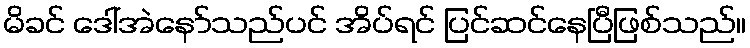
မိခင် ဒေါ်အဲနော်သည်ပင် အိပ်ရင် ပြင်ဆင်နေပြီဖြစ်သည်။